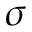
\boldsymbol { \sigma }